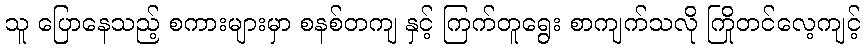
သူ ပြောနေသည့် စကားများမှာ စနစ်တကျ နှင့် ကြက်တူရွေး စာကျက်သလို ကြိုတင်လေ့ကျင့်